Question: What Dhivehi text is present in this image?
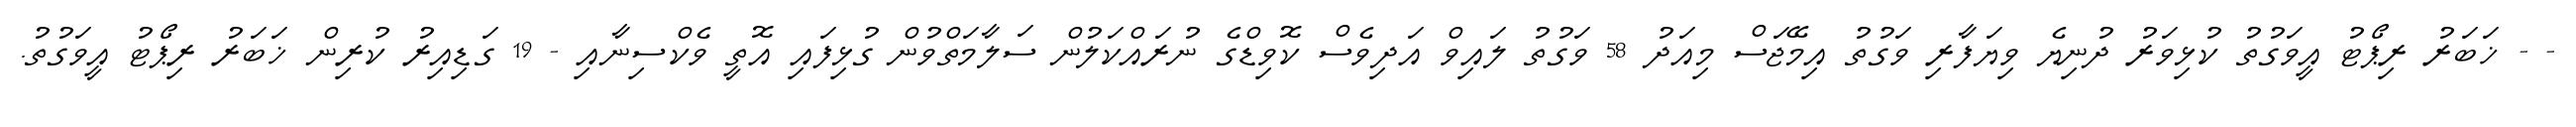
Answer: - - ޚަބަރު ރިޕޯޓު އީވަގުތު ކުޅިވަރު ދުނިޔެ ވިޔަފާރި ވަގުތު އިމޭޖަސް މިއަދު 58 ވަގުތު ލައިވް އަދިވެސް ކޮވިޑްގެ ނުރައްކަލުން ސަލާމަތްވުން ގުޅިފައި އޮތީ ވެކްސިނާއި - 19 ގަޑިއިރު ކުރިން ޚަބަރު ރިޕޯޓު އީވަގުތު.